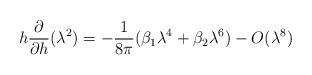
LaTeX: \begin{align*}h\frac{\partial }{\partial h}(\lambda ^{2})=-\frac{1}{8\pi }(\beta_{1}\lambda ^{4}+\beta _{2}\lambda ^{6})-O(\lambda ^{8}) \end{align*}